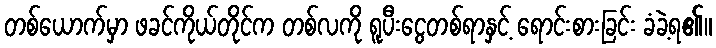
တစ်ယောက်မှာ ဖခင်ကိုယ်တိုင်က တစ်လကို ရူပီးငွေတစ်ရာနှင့် ရောင်းစားခြင်း ခံခဲ့ရ၏။